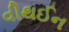
વીથઈન